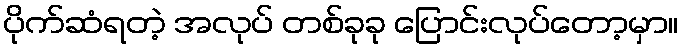
ပိုက်ဆံရတဲ့ အလုပ် တစ်ခုခု ပြောင်းလုပ်တော့မှာ။